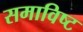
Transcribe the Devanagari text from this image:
समाविष्‍ट